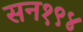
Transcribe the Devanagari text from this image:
सन१९४